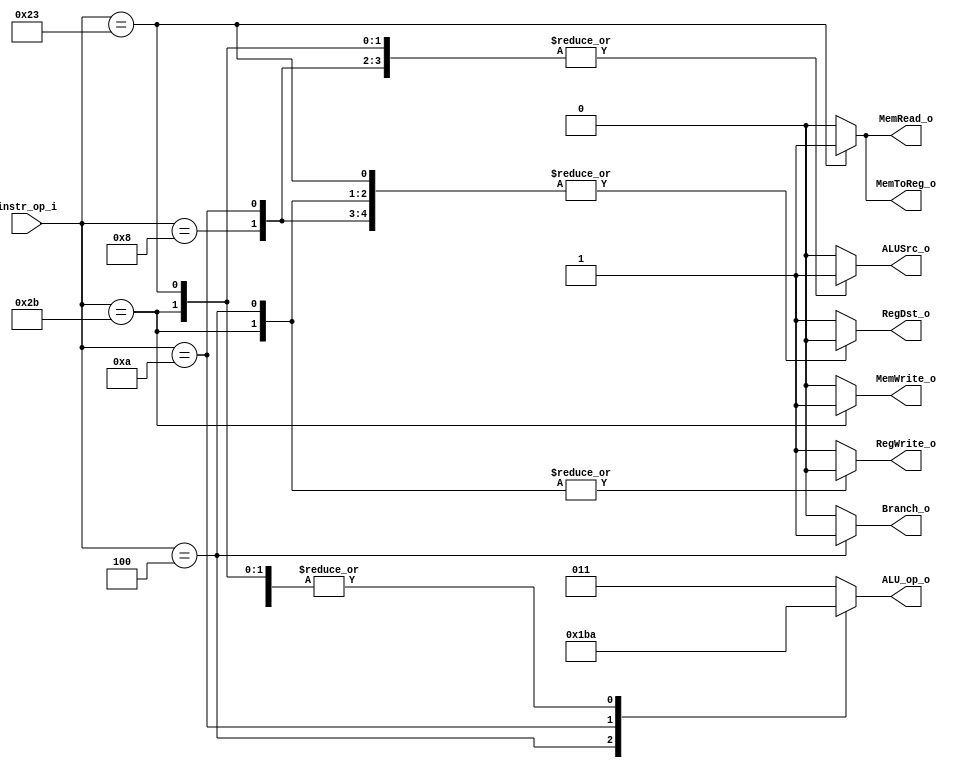
//Subject:     CO project 2 - Decoder
//--------------------------------------------------------------------------------
//Version:     1
//--------------------------------------------------------------------------------
//Writer:      110550029
//----------------------------------------------
//----------------------------------------------
//Description: 
//--------------------------------------------------------------------------------

module Decoder(
    instr_op_i,
	RegWrite_o,
	ALU_op_o,
	ALUSrc_o,
	RegDst_o,
	Branch_o,
	MemToReg_o,
	MemRead_o,
	MemWrite_o,
	);
     
//I/O ports
input  [6-1:0] instr_op_i;

output         RegWrite_o;
output [3-1:0] ALU_op_o;
output         ALUSrc_o;
output         RegDst_o;
output         Branch_o;
output	       MemToReg_o;
output	       MemRead_o;
output	       MemWrite_o;
 
//Internal Signals
reg    [3-1:0] ALU_op_o;
reg            ALUSrc_o;
reg            RegWrite_o;
reg            RegDst_o;
reg            Branch_o;
reg            MemToReg_o;
reg            MemRead_o;
reg            MemWrite_o;

//Parameter
parameter R=3'b011;

//Main function

always @(instr_op_i) begin
	case(instr_op_i)
		6'b000000: begin //R-format
			ALU_op_o<=R; ALUSrc_o<=0; RegDst_o<=1; RegWrite_o<=1; Branch_o<=0;
			MemToReg_o<=0; MemRead_o<=0; MemWrite_o<=0;
		end
		6'b000100: begin //beq
			ALU_op_o<=3'b110; ALUSrc_o<=0; RegDst_o<=0; RegWrite_o<=0; Branch_o<=1;
			MemToReg_o<=0; MemRead_o<=0; MemWrite_o<=0;
		end
		6'b001000: begin //addi
			ALU_op_o<=3'b010; ALUSrc_o<=1; RegDst_o<=0; RegWrite_o<=1; Branch_o<=0;
			MemToReg_o<=0; MemRead_o<=0; MemWrite_o<=0;
		end
		6'b001010: begin //slti
			ALU_op_o<=3'b111; ALUSrc_o<=1; RegDst_o<=0; RegWrite_o<=1; Branch_o<=0;
			MemToReg_o<=0; MemRead_o<=0; MemWrite_o<=0;
		end
		6'b100011: begin //lw
			ALU_op_o<=3'b010; ALUSrc_o<=1; RegDst_o<=0; RegWrite_o<=1; Branch_o<=0;
			MemToReg_o<=1; MemRead_o<=1; MemWrite_o<=0;
		end
		6'b101011: begin //sw
			ALU_op_o<=3'b010; ALUSrc_o<=1; RegDst_o<=0; RegWrite_o<=0; Branch_o<=0;
			MemToReg_o<=0; MemRead_o<=0; MemWrite_o<=1;
		end
		default: begin
			ALU_op_o<=R; ALUSrc_o<=0; RegDst_o<=1; RegWrite_o<=1; Branch_o<=0;
			MemToReg_o<=0; MemRead_o<=0; MemWrite_o<=0;
		end
	endcase
end


endmodule